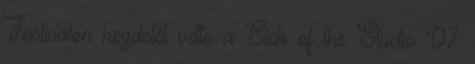
Festivalon kezdetét vette a Sick of the Studio '07